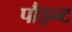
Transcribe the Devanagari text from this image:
पौइन्ट